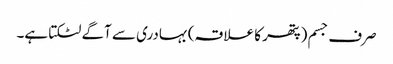
صرف جسم (پتھر کا علاقہ) بہادری سے آگے لٹکتا ہے۔